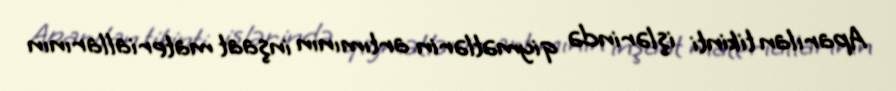
Aparılan tikinti işlərində qiymətlərin artımının inşaat materiallarının